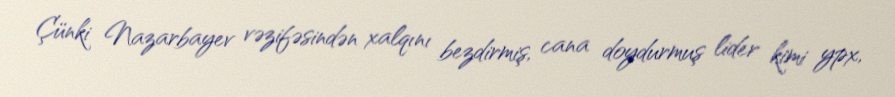
Çünki Nazarbayev vəzifəsindən xalqını bezdirmiş, cana doydurmuş lider kimi ypx,